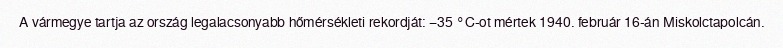
A vármegye tartja az ország legalacsonyabb hőmérsékleti rekordját: −35 °C-ot mértek 1940. február 16-án Miskolctapolcán.